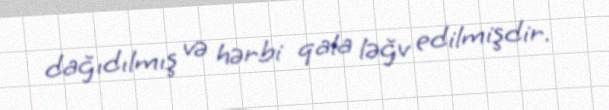
dağıdılmış və hərbi qala ləğv edilmişdir.